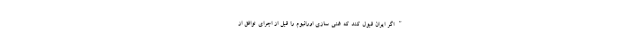
"اگر ایران قبول کند که غنی سازی اورانیوم را قبل از اجرای توافق از